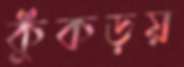
কুঁকড়য়